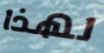
لهذا